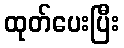
ထုတ်ပေးပြီး